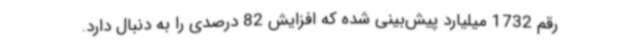
رقم 1732 میلیارد پیش‌بینی شده که افزایش 82 درصدی را به دنبال دارد.